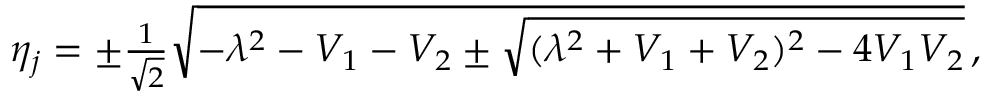
\begin{array} { r } { \eta _ { j } = \pm \frac { 1 } { \sqrt { 2 } } \sqrt { - \lambda ^ { 2 } - V _ { 1 } - V _ { 2 } \pm \sqrt { ( \lambda ^ { 2 } + V _ { 1 } + V _ { 2 } ) ^ { 2 } - 4 V _ { 1 } V _ { 2 } } } \, , } \end{array}